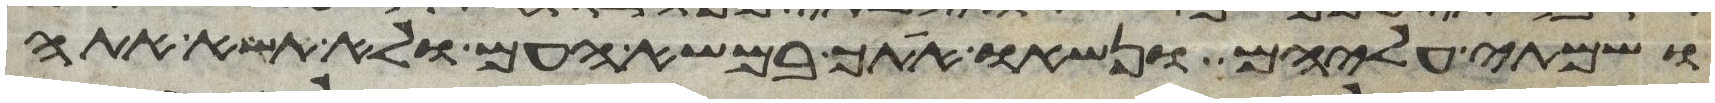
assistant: ושמתי עליהם ונשאו אתך במשא העם ולא תשא אתה